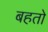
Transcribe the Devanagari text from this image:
बहतो